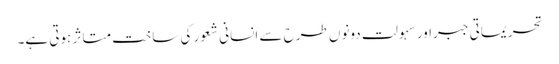
تحریماتی جبراور سہولت دونوں طرح سے انسانی شعور کی ساخت متاثر ہوتی ہے۔